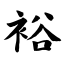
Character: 裕